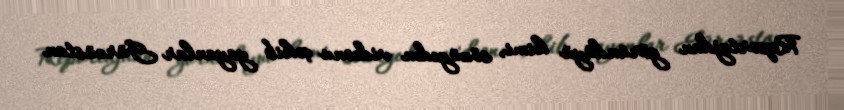
Reportajdan göründüyü kimi, sözügedən videonu çəkib yayanlar Gürcüstan